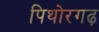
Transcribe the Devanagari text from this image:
पिथोरगढ़